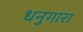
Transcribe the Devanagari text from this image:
धनुगारा